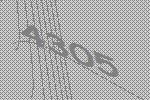
4305